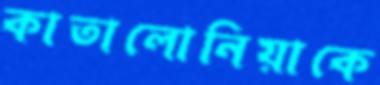
কাতালোনিয়াকে